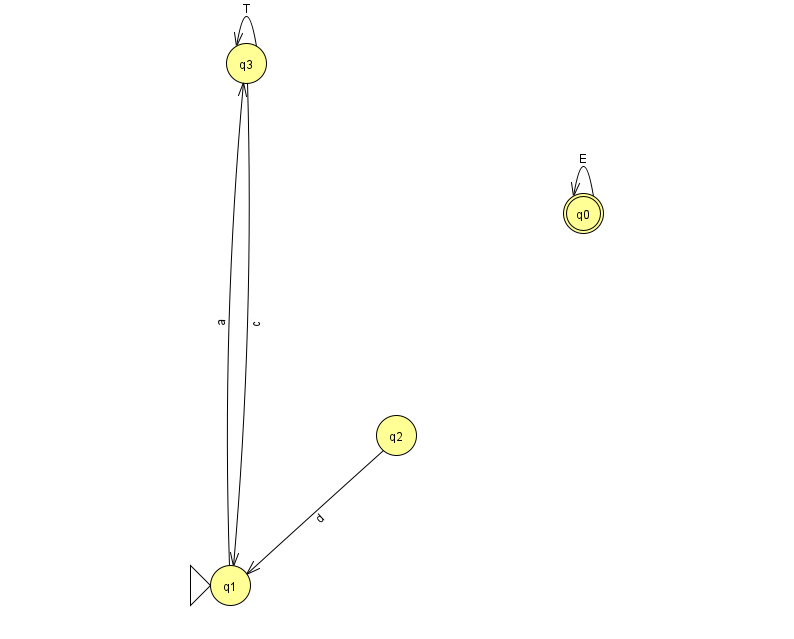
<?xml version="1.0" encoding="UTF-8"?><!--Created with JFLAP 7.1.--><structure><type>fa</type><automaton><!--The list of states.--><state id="0" name="q0"><x>583.0</x><y>200.0</y><final/></state><state id="1" name="q1"><x>230.0</x><y>572.0</y><initial/></state><state id="2" name="q2"><x>396.0</x><y>422.0</y></state><state id="3" name="q3"><x>246.0</x><y>50.0</y></state><!--The list of transitions.--><transition><from>3</from><to>3</to><read>T</read></transition><transition><from>0</from><to>0</to><read>E</read></transition><transition><from>2</from><to>1</to><read>d</read></transition><transition><from>3</from><to>1</to><read>c</read></transition><transition><from>1</from><to>3</to><read>a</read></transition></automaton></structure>